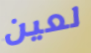
لعين